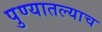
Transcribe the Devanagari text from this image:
पुण्यातल्याच